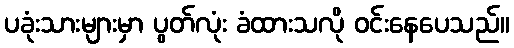
ပခုံးသားများမှာ ပွတ်လုံး ခံထားသလို ဝင်းနေပေသည်။